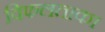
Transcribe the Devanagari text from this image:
विफलताका